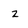
Character: Z